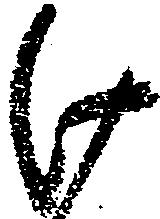
け